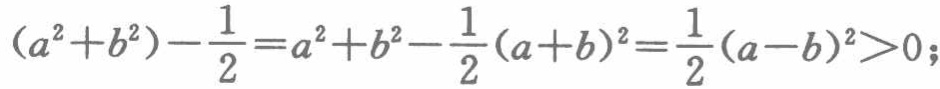
\((a^{2}+b^{2})-\frac{1}{2}=a^{2}+b^{2}-\frac{1}{2}(a + b)^{2}=\frac{1}{2}(a - b)^{2}>0;\)